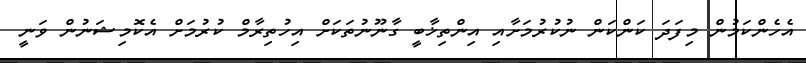
އެހެންކަމުން މިފަދަ ކަންކަން ނުކުރުމަށާއި އިންތިޚާބީ ގާނޫނުތަކަށް އިހުތިރާމް ކުރުމަށް އެކޮމިޝަނުން ވަނީ